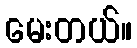
မေးတယ်။